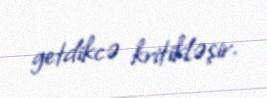
getdikcə kritikləşir.